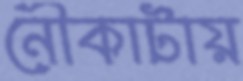
নৌকাটায়